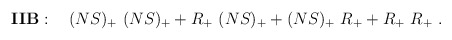
\begin{align*} {\bf IIB}: \quad (NS)_+\ (NS)_+ + R_+ \ (NS)_+ + (NS)_+ \ R_+ + R_+\ R_+ \ .\end{align*}